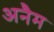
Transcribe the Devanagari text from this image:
अनैम